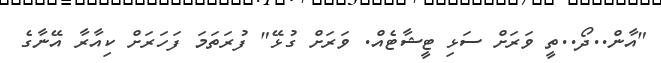
"އާން..ދޯ..ތީ ވަރަށް ސަޅި ޓީޝާޓެއް. ވަރަށް ގުޅޭ" ފުރަތަމަ ފަހަރަށް ކިއާރާ އޭނާގެ